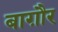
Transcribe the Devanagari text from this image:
बाग़ौर